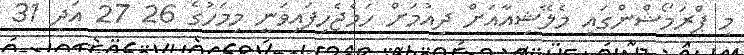
މި ޕްރަމޯޝްންގައި މެލޭޝިއާއަށް ދިއުމަށް ހަމެޖެހިފައިވަނީ މިމަހުގެ 26 27 އަދި 31